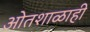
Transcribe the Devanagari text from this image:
ओतशाळाही